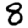
Digit: 8